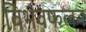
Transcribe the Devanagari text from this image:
विभवफलन